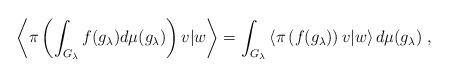
LaTeX: \begin{align*}\left\langle \pi\left(\int_{G_\lambda}f(g_\lambda)d\mu(g_\lambda)\right)v|w\right\rangle=\int_{G_\lambda}\left\langle \pi\left(f(g_\lambda)\right)v|w\right\rangle d\mu(g_\lambda)\;,\end{align*}